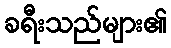
ခရီးသည်များ၏